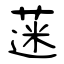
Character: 蒾